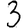
Digit: 3